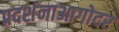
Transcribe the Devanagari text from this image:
प्रदर्शनाआगोदर